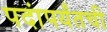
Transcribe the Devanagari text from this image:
पदांपर्यंतची